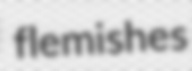
flemishes